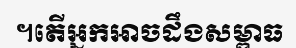
។តើអ្នកអាចដឹងសម្ពាធ